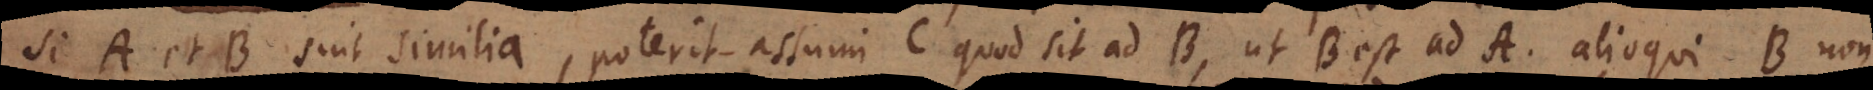
Si A et B sint similia, poterit assumi C quod sit ad B, ut B est ad A, alioqui B non